Language: tamil
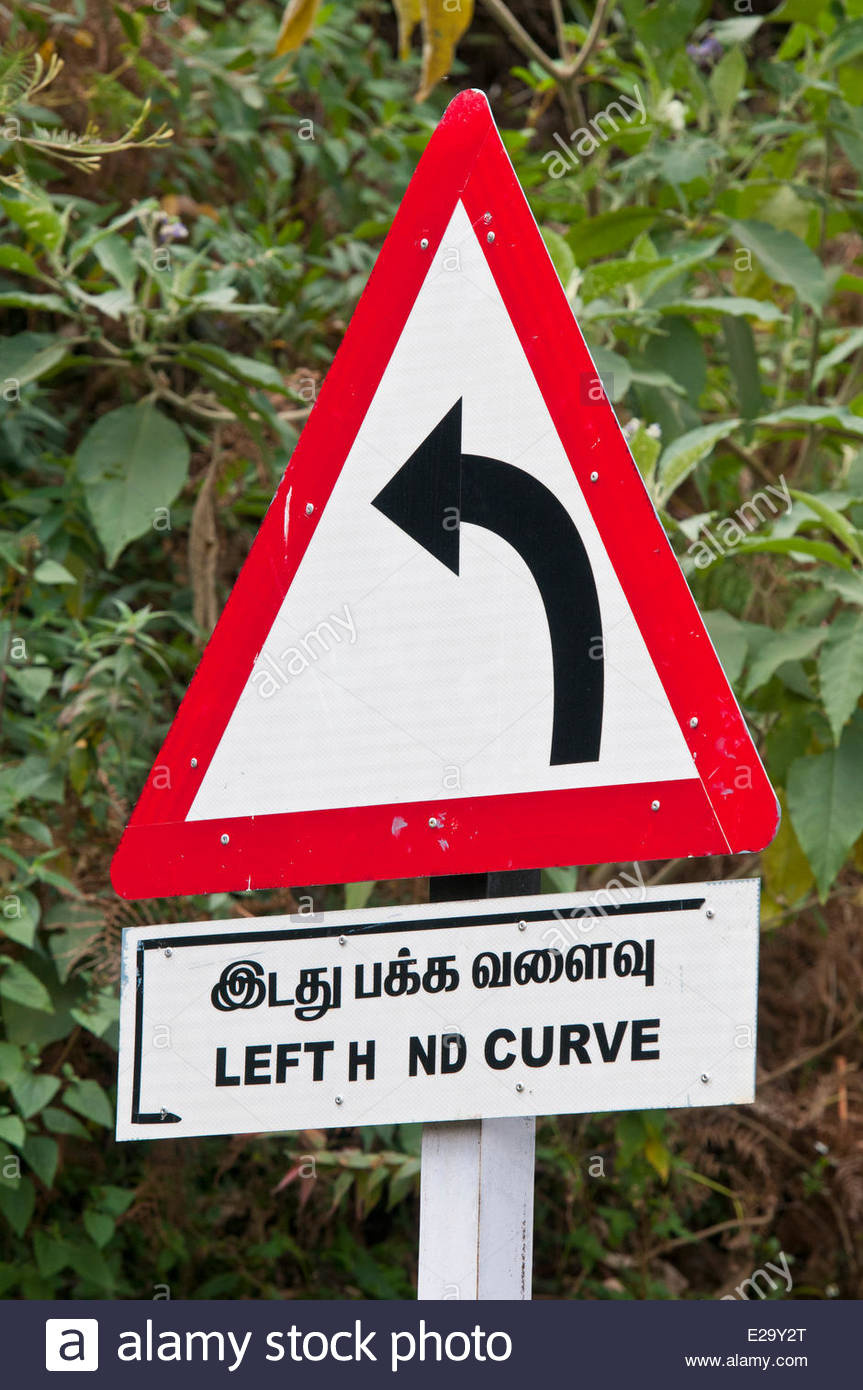
Transcription: பக்க வளைவு இடது